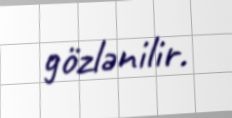
gözlənilir.